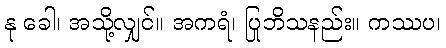
နု ခေါ၊ အသို့လျှင်။ အကရံ၊ ပြုဘိသနည်း။ ကဿပ၊